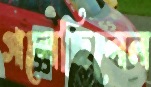
গলেছিলেন